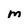
Character: M